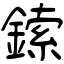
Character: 鎍